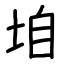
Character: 垍